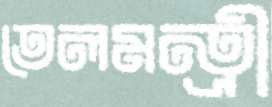
তেলমন্ত্রী